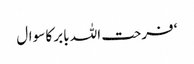
‘ فرحت اللہ بابر کا سوال